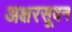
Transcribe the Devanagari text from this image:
अक्षरसूदन